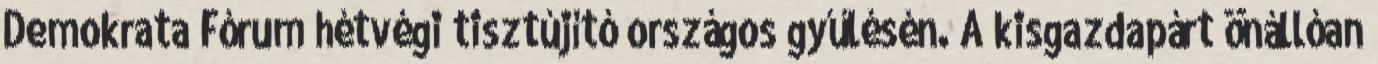
Demokrata Fórum hétvégi tisztújító országos gyűlésén. A kisgazdapárt önállóan